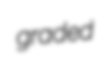
graded